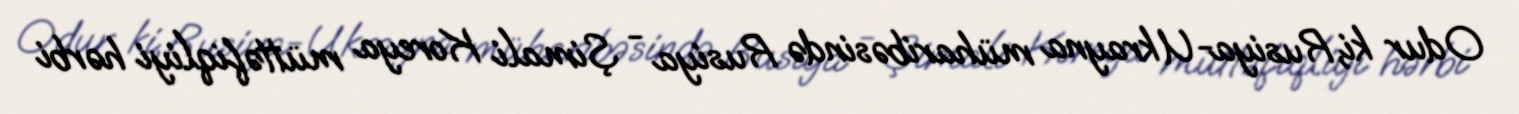
Odur ki, Rusiya-Ukrayna müharibəsində Rusiya - Şimali Koreya müttəfiqliyi hərbi